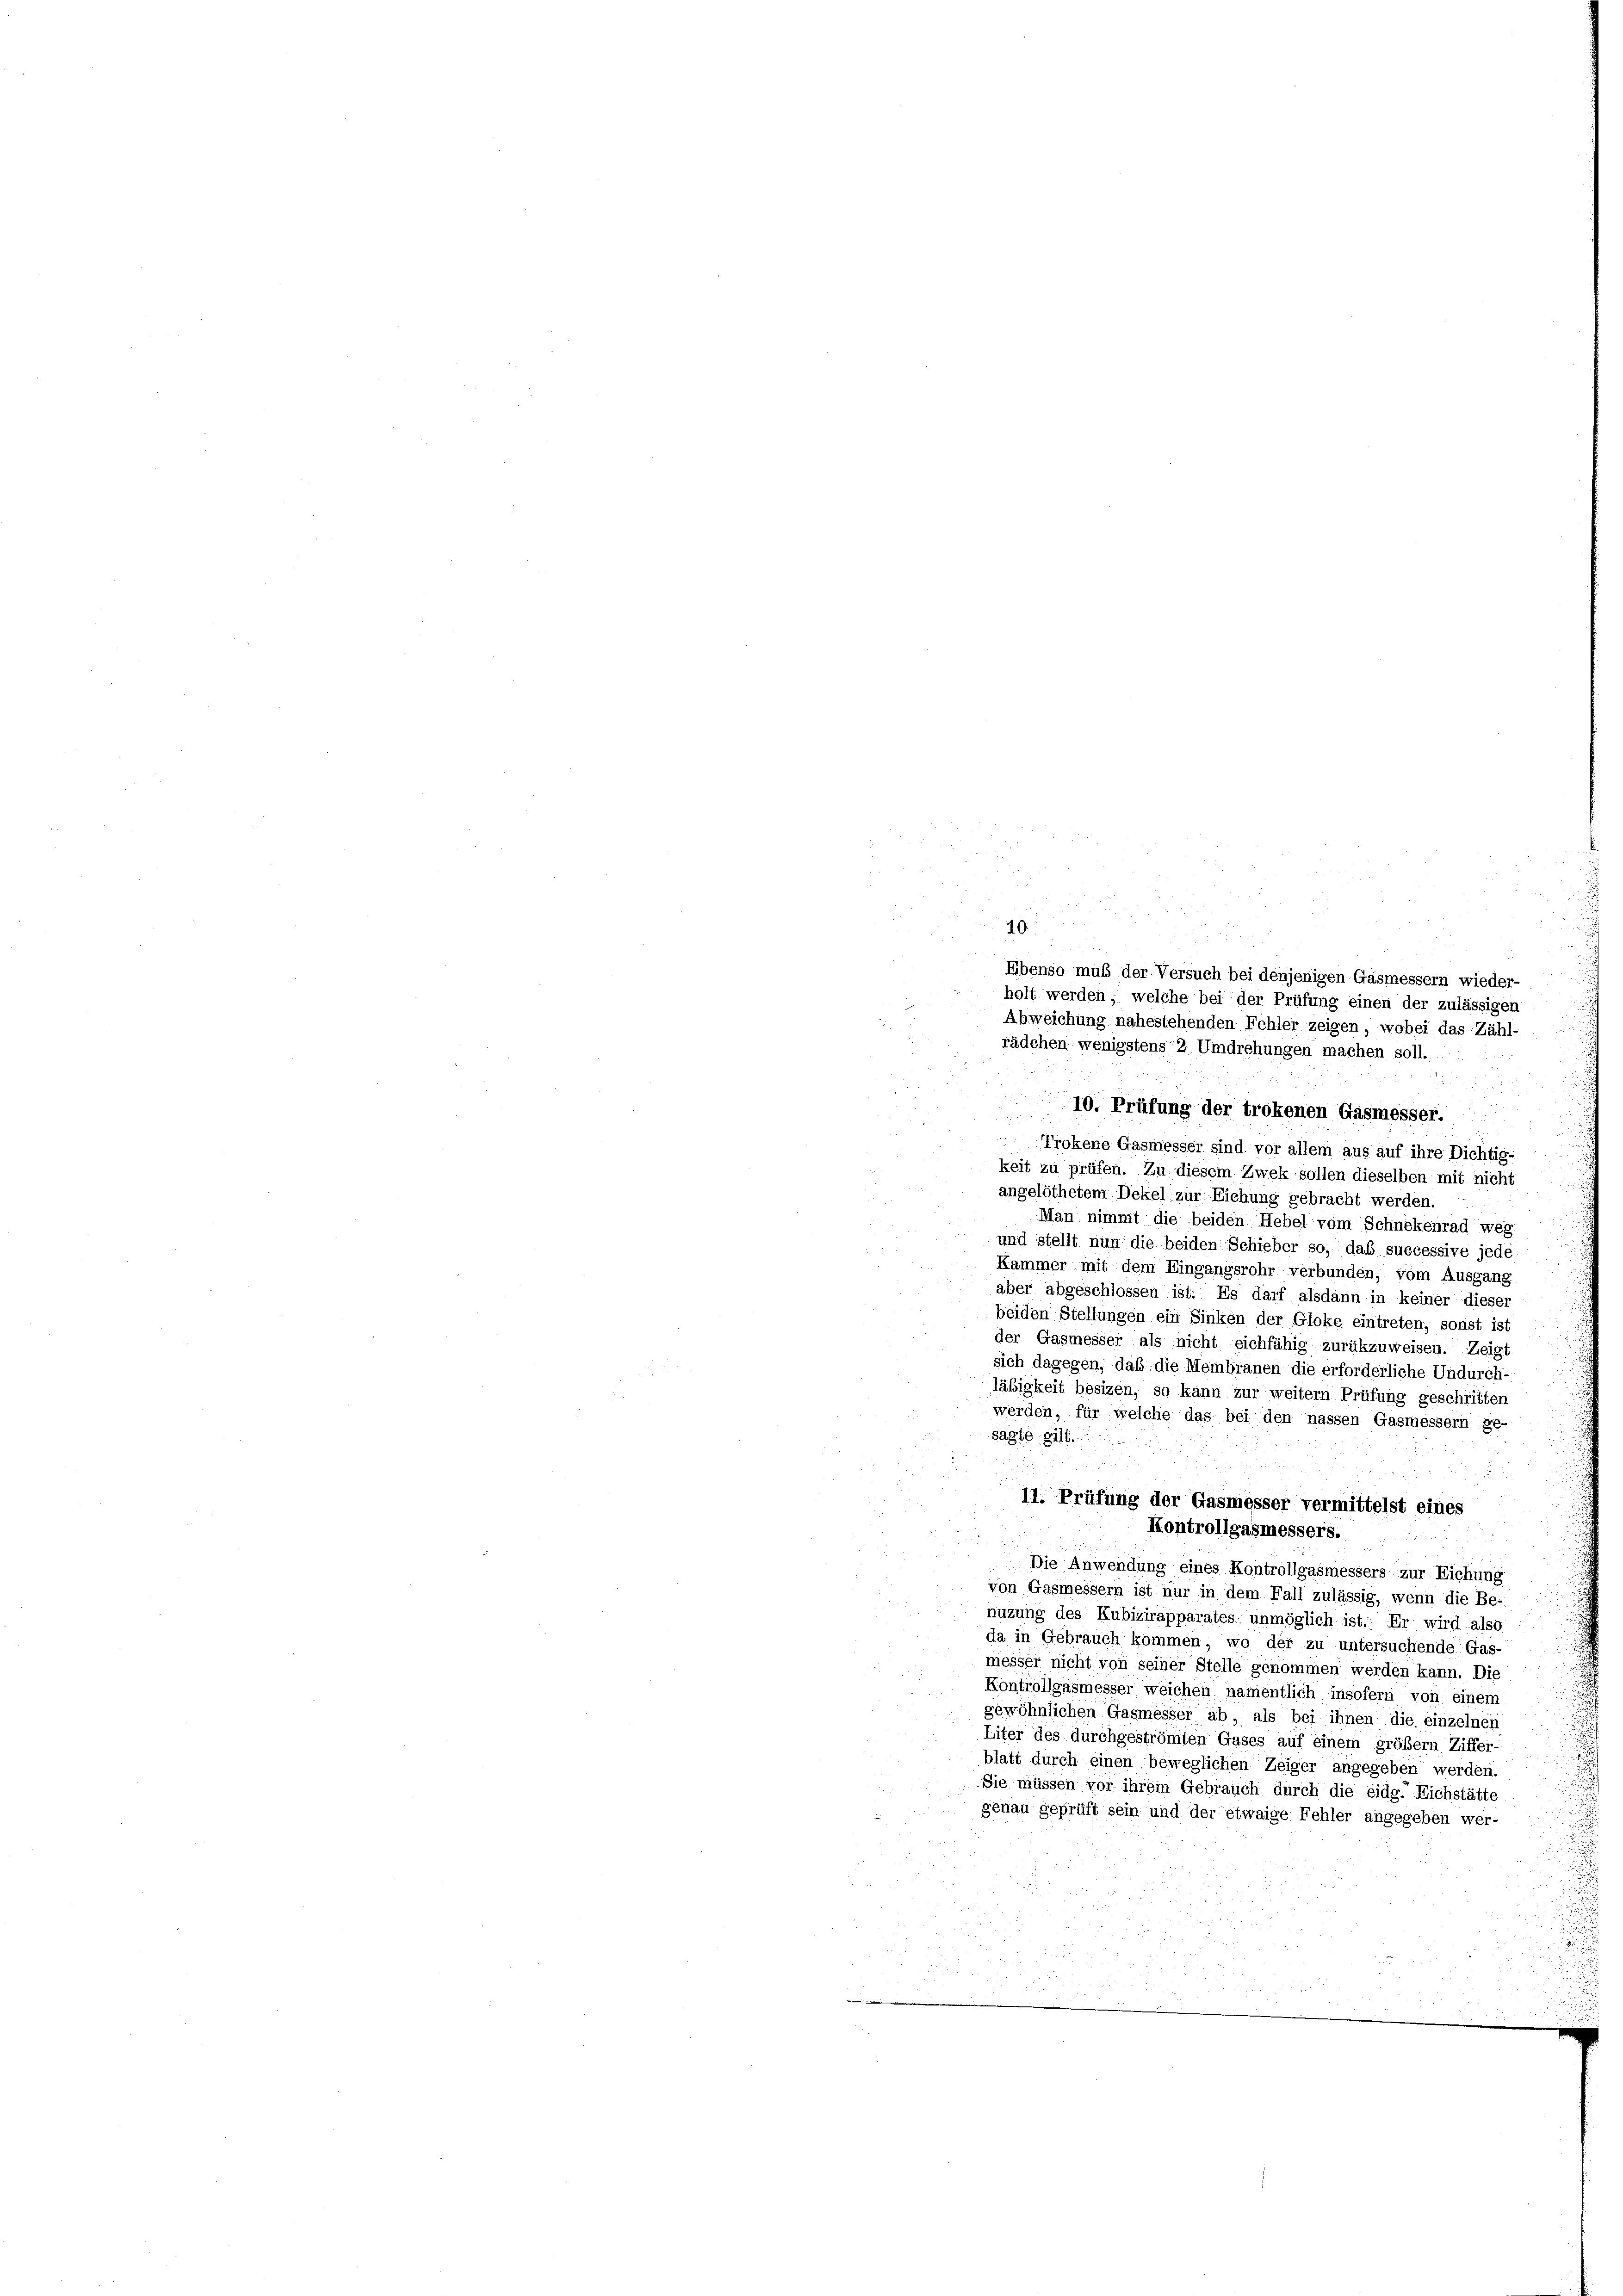
4
Ebenso muß der Versuch bei denjenigen Gasmessern wieder-
holt werden, welche bei der Prüfung einen der zulässigen
Abweichung nahestehenden Fehler zeigen, wobei das Zähl-
rädchen, wenigstens 2 Umdrehungen machen soll.

10. Prüfung der trokenen Gasmesser.
.
.
.
Trokene Gasmesser sind vor allem aus auf ihre Dichtig-
keit zu prüfen. Zu diesem Zwek sollen dieselben mit nicht
angelöthetem Dekel zur Eichung gebracht werden.
Man nimmt die beiden Hebel vom Schnekenrad weg
und stellt nun die beiden Schieber so, daß successive jede
Kammer mit dem Eingangsrohr verbunden, vom Ausgang
aber abgeschlossen ist. Es darf alsdann in keiner dieser
beiden Stellungen ein Sinken der Gloke eintreten, sonst ist
der Gasmesser als nicht eichfähig zurükzuweisen. Zeigt
sich dagegen, daß die Membranen die erforderliche Undurch-
läßigkeit besizen, so kann zur weitern Prüfung geschritten
werden, für welche das bei den nassen Gasmessern ge-
sagte gilt.
d
i
11. Prüfung der Gasmesser vermittelst eines
Kontrollgasmessers.

Die Anwendung eines Kontrollgasmessers zur Eichung
von Gasmessern ist nur in dem Fall zulässig, wenn die Be-
nuzung des Kubizirapparates unmöglich ist. Er wird also
da in Gebrauch kommen; wo der zu untersuchende Gas-
messer nicht von seiner Stelle genommen werden kann. Die
Kontrollgasmesser weichen namentlich insofern von einem
gewöhnlichen Gasmesser ab, als bei ihnen die einzelner
Liter des durchgeströmten Gases auf einem größer Ziffer-
blatt durch einen beweglichen Zeiger angegeben werden
Sie müssen vor ihrem Gebrauch durch die eidg. Eichstätte
genau geprüft sein und der etwaige Fehler angegeben wer-

.